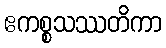
ဧကစ္စသဿတိကာ